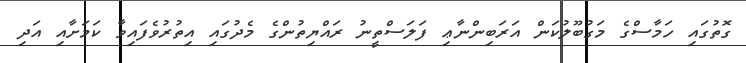
ގޮތުގައި ހަމާސްގެ މަގުބޫލުކަން އަރަބިންނާޢި ފަލަސްތީނު ރައްޔިތުންގެ މެދުގައި އިތުރުވެފައިވާ ކަމަށާއި އަދި